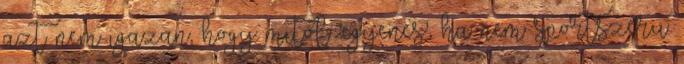
azt nem igazan, hogy mitol 'egyenes', ha nem sportszeru.